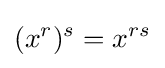
(x^{r})^{s}=x^{rs}